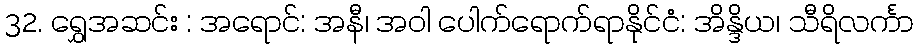
32. ရွှေအဆင်း : အရောင်: အနီ၊ အဝါ ပေါက်ရောက်ရာနိုင်ငံ: အိန္ဒိယ၊ သီရိလင်္ကာ